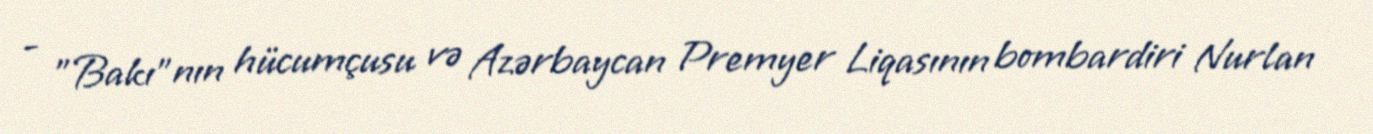
- "Bakı"nın hücumçusu və Azərbaycan Premyer Liqasının bombardiri Nurlan